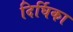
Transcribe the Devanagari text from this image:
दिर्घिका